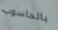
بالحاسوب